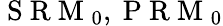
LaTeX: \mathrm{~S~R~M~}_{0},\mathrm{~P~R~M~}_{0}